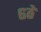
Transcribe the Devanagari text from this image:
६ठें